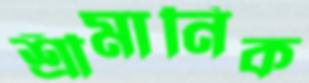
শ্রীমানিক